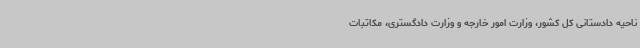
ناحیه دادستانی کل کشور، وزارت امور خارجه و وزارت دادگستری، مکاتبات